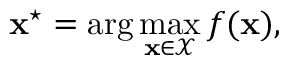
\mathbf { x } ^ { \star } = \arg \operatorname* { m a x } _ { \mathbf { x } \in \mathcal { X } } f ( \mathbf { x } ) ,